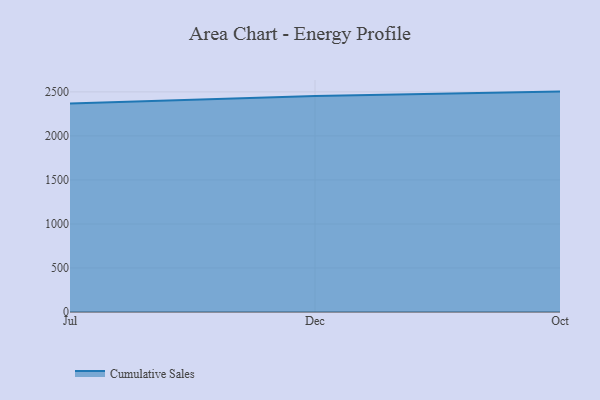
{"axis": {"x": "Month", "y": "Shipments"}, "legend": ["Cumulative Sales"], "data": [{"x": "Jul", "y": 2369.4, "type": "Cumulative Sales"}, {"x": "Dec", "y": 2452.7, "type": "Cumulative Sales"}, {"x": "Oct", "y": 2503.3, "type": "Cumulative Sales"}]}